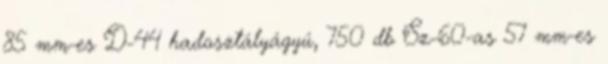
85 mm-es D-44 hadosztályágyú, 750 db Sz-60-as 57 mm-es